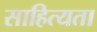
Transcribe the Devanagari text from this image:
साहित्यता